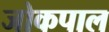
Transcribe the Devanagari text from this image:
जोकपाल